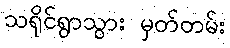
သရိုင်ရွာသွား မှတ်တမ်း